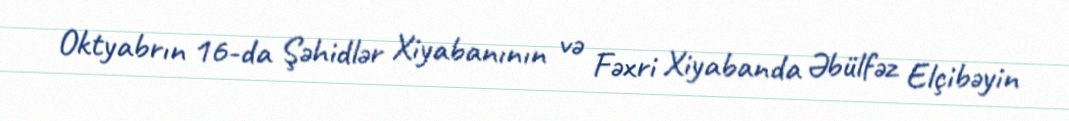
Oktyabrın 16-da Şəhidlər Xiyabanının və Fəxri Xiyabanda Əbülfəz Elçibəyin